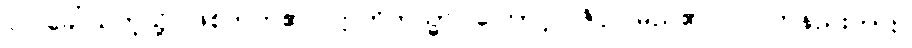
ဝါ၊ ခေါ်သကဲ့သို့ ဖြစ်တတ်၏။ ဣတိတသ္မာ၊ ကြောင့်။ ဇိဝှါ၊ မည်၏။ ဝါ၊ တနည်းကား။